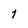
Character: 7